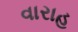
વારાહ